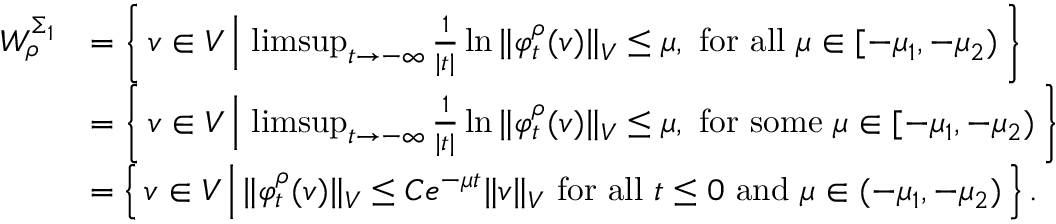
\begin{array} { r l } { W _ { \rho } ^ { \Sigma _ { 1 } } } & { = \left\{ \, v \in V \, \Big \vert \, \operatorname* { l i m s u p } _ { t \to - \infty } \frac { 1 } { | t | } \ln { \Vert \varphi _ { t } ^ { \rho } ( v ) \Vert _ { V } } \leq \mu , \mathrm { ~ f o r ~ a l l ~ } \mu \in [ - \mu _ { 1 } , - \mu _ { 2 } ) \, \right\} } \\ & { = \left\{ \, v \in V \, \Big \vert \, \operatorname* { l i m s u p } _ { t \to - \infty } \frac { 1 } { | t | } \ln { \Vert \varphi _ { t } ^ { \rho } ( v ) \Vert _ { V } } \leq \mu , \mathrm { ~ f o r ~ s o m e ~ } \mu \in [ - \mu _ { 1 } , - \mu _ { 2 } ) \, \right\} } \\ & { = \left\{ \, v \in V \, \Big \vert \, \Vert \varphi _ { t } ^ { \rho } ( v ) \Vert _ { V } \leq C e ^ { - \mu t } \Vert v \Vert _ { V } \mathrm { ~ f o r ~ a l l ~ } t \leq 0 \mathrm { ~ a n d ~ } \mu \in ( - \mu _ { 1 } , - \mu _ { 2 } ) \, \right\} . } \end{array}